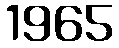
1965